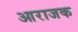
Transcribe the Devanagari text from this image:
आराजक